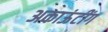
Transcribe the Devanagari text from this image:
अकाऊंटींग